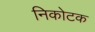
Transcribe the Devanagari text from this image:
निकोटक